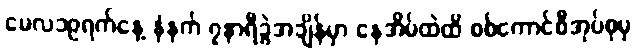
မေလ၁၉ရက်နေ့ နံနက် ၇နာရီခွဲအချိန်မှာ နေအိမ်ထဲထိ စစ်ကောင်စီအုပ်စုမှ